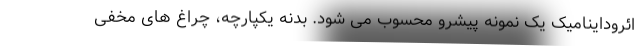
ائروداینامیک یک نمونه پیشرو محسوب می شود. بدنه یکپارچه، چراغ های مخفی